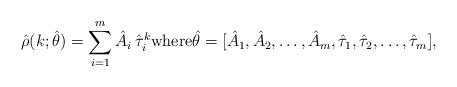
LaTeX: \begin{align*}\hat\rho(k;\hat\theta)=\sum_{i=1}^m \hat A_i \, \hat\tau_i^k\textrm{where} \hat\theta=[\hat A_1, \hat A_2, \dots, \hat A_m, \hat\tau_1, \hat\tau_2, \dots, \hat\tau_m],\end{align*}